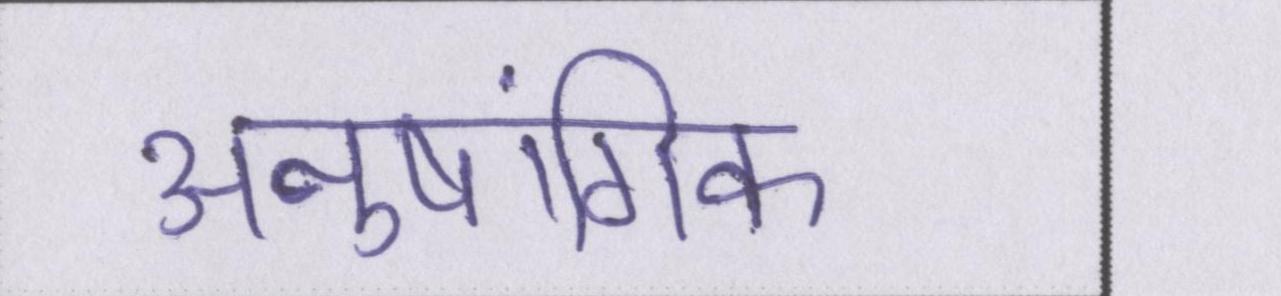
अनुषांगिक